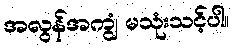
အလွန်အကျွံ မသုံးသင့်ပါ။